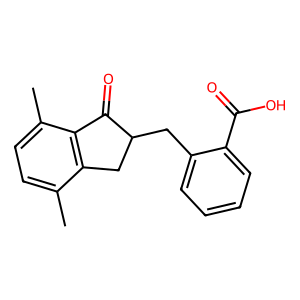
SMILES: Cc1ccc(C)c2c1CC(Cc1ccccc1C(=O)O)C2=O
Inhibits HIV replication: No